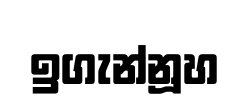
ඉගැන්නූහ